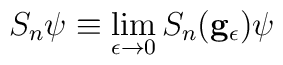
S_{n}\psi \equiv \lim_{\epsilon \rightarrow 0}S_{n}(\mathbf{g}_{\epsilon})\psi